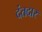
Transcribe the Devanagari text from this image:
दंतदार